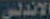
الاندلس